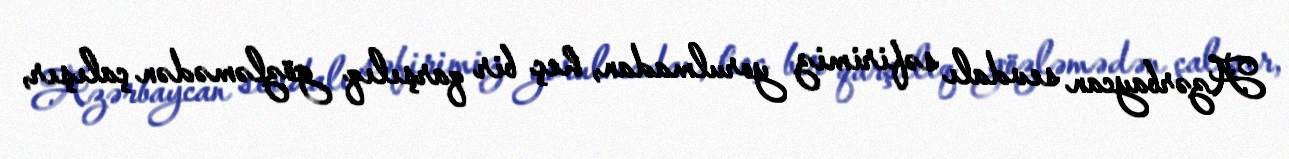
Azərbaycan sevdalı səfirimiz yorulmadan, heç bir qarşılıq gözləmədən çalışır,